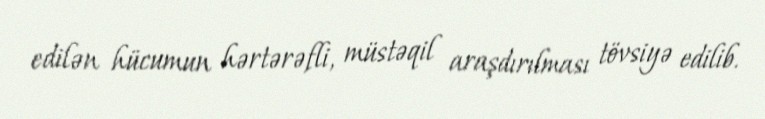
edilən hücumun hərtərəfli, müstəqil araşdırılması tövsiyə edilib.